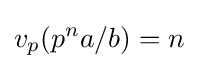
v_{p}(p^{n}a/b)=n